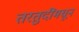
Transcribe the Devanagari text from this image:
तरतुदींमधून